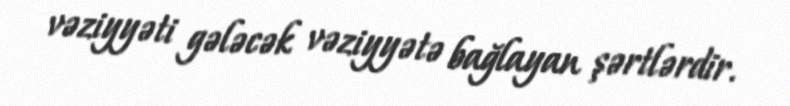
vəziyyəti gələcək vəziyyətə bağlayan şərtlərdir.